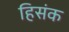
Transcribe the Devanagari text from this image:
हिसंक